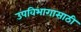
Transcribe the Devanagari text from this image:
उपविभागासाठी